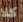
كلا